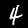
Label: 4